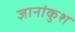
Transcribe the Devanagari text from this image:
ज्ञानांकुश